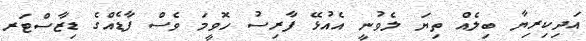
އަދިކިރިޔާ ބިލެއް ތިޔަ ލެވުނީ އެއުޅޭ ފާރިސު ހޮވީމަ ވެސް ފާޑެއްގެ ޑިޒާސްޓަރ